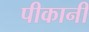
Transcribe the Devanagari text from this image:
पीकानी